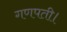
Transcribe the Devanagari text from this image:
गणपती।